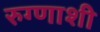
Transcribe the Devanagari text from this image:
रुग्णाशी